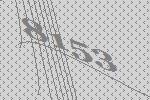
8153